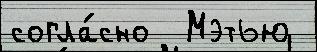
согла́сно  Мэтью